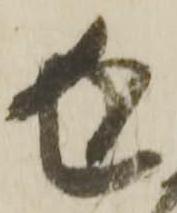
返